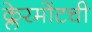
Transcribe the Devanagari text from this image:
क्लेरमोंटची